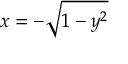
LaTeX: x = - { \sqrt { 1 - y ^ { 2 } } }